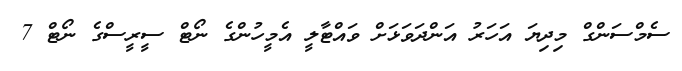
ސެމްސަންގް މިދިޔަ އަހަރު އަންދަވަޅަށް ވައްޓާލީ އެމީހުންގެ ނޯޓް ސީރީސްގެ ނޯޓް 7